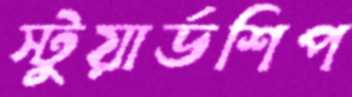
স্টুয়ার্ডশিপ